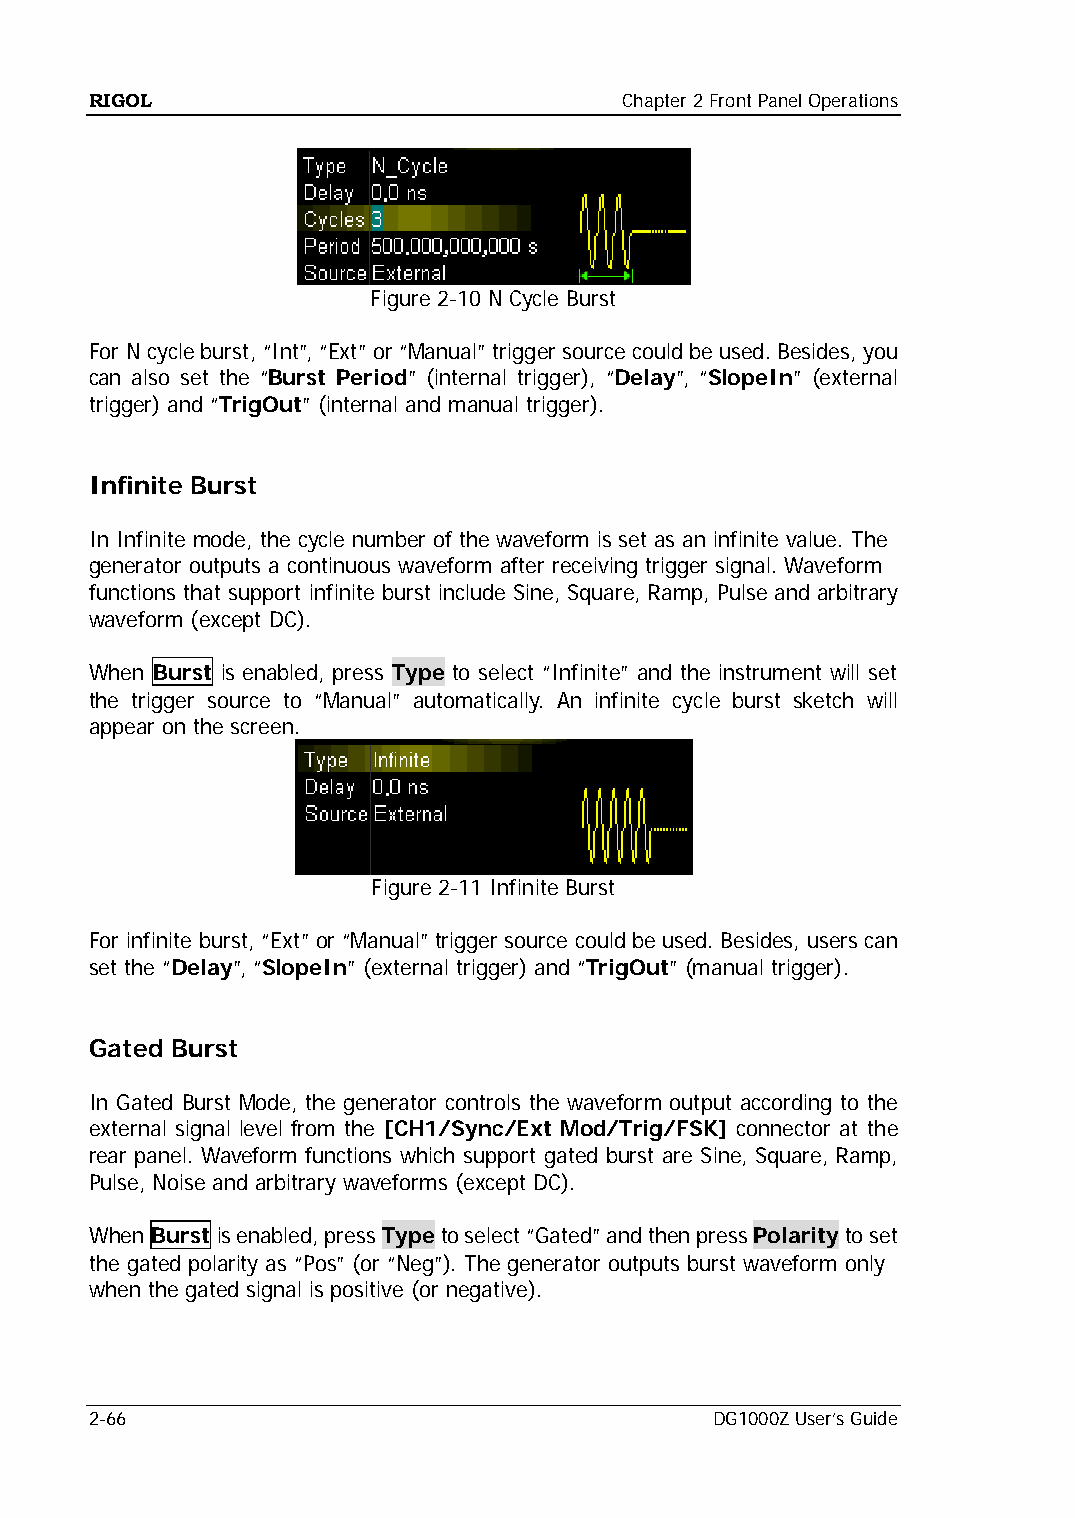
RIGOL                              Chapter 2 Front Panel Operations
 Figure 2-10 N Cycle Burst
 For N cycle burst, “Int”, “Ext” or “Manual” trigger source could be used. Besides, you
 can also set the “Burst Period” (internal trigger), “Delay”, “SlopeIn” (external
 trigger) and “TrigOut” (internal and manual trigger).
 Infinite Burst
 In Infinite mode, the cycle number of the waveform is set as an infinite value. The
 generator outputs a continuous waveform after receiving trigger signal. Waveform
 functions that support infinite burst include Sine, Square, Ramp, Pulse and arbitrary
 waveform (except DC).
 When Burst is enabled, press Type to select “Infinite” and the instrument will set
 the trigger source to “Manual” automatically. An infinite cycle burst sketch will
 appear on the screen.
 Figure 2-11 Infinite Burst
 For infinite burst, “Ext” or “Manual” trigger source could be used. Besides, users can
 set the “Delay”, “SlopeIn” (external trigger) and “TrigOut” (manual trigger).
 Gated Burst
 In Gated Burst Mode, the generator controls the waveform output according to the
 external signal level from the [CH1/Sync/Ext Mod/Trig/FSK] connector at the
 rear panel. Waveform functions which support gated burst are Sine, Square, Ramp,
 Pulse, Noise and arbitrary waveforms (except DC).
 When Burst is enabled, press Type to select “Gated” and then press Polarity to set
 the gated polarity as “Pos” (or “Neg”). The generator outputs burst waveform only
 when the gated signal is positive (or negative).
 2-66                                     DG1000Z User’s Guide